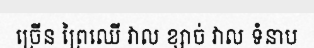
ច្រើន ព្រៃឈើ វាល ខ្សាច់ វាល ទំនាប